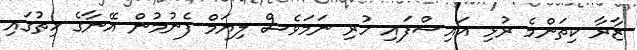
ޒާރާ ކިތަންމެ ރުޅި އައިސްފައި ހުރި ނަމަވެސް ލިޔަމް ފެނުމުން އޭނާގެ ހިތުގައި